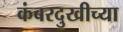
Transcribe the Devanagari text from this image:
कंबरदुखीच्या